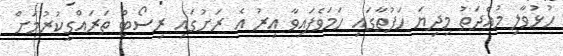
ހުޅުވާލި މުއްދަތު މިދިޔަ ހަފުތާގައި ހަމަވެފައިވާ އިރު އެ ރަށުގައި ރިސޯޓް ތަރައްގީކުރުމަށް